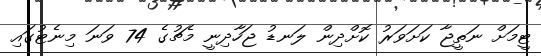
ޓީމަށް ނަތީޖާ ކަށަވަރު ކޮށްދިން ލަނޑު ޖަހާދިނީ މެޗުގެ 74 ވަނަ މިނެޓުގައި